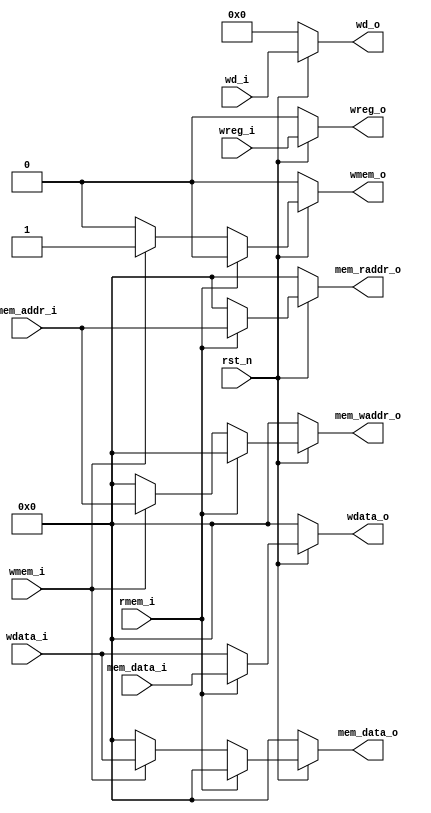
`timescale 1ns / 1ps
//////////////////////////////////////////////////////////////////////////////////
// Company: 
// Engineer: 
// 
// Design Name: 
// Module Name: mem
// Project Name: 
// Target Devices: 
// Tool Versions: 
// Description: 
// 
// Dependencies: 
// 
// Revision:
// Revision 0.01 - File Created
// Additional Comments:
// 
//////////////////////////////////////////////////////////////////////////////////


module mem(
    input                 rst_n,
    
    input [4:0]           wd_i,
    input                 wreg_i,
    input [31:0]          wdata_i,
    input [31:0]          mem_addr_i,
    input                 wmem_i,
    input                 rmem_i,

    input [31:0]          mem_data_i,

    output reg [31:0]     mem_waddr_o,
    output reg [31:0]     mem_raddr_o,
    output reg [31:0]     mem_data_o,
    output reg            wmem_o,
    
    output reg [4:0]      wd_o,
    output reg            wreg_o,
    output reg [31:0]     wdata_o
    );
    
always @ (*) begin
    if(~rst_n) begin
        wd_o <= 0;
        wreg_o <= 0;
        wdata_o <= 0;
        mem_waddr_o <= 0;
        mem_raddr_o <= 0;
        mem_data_o <= 0;
        wmem_o <= 0;
    end
    else begin
        wd_o <= wd_i;
        wreg_o <= wreg_i;
        wdata_o <= wdata_i;
        mem_waddr_o <= 0;
        mem_raddr_o <= 0;
        mem_data_o <= 0;
        wmem_o <= 0;
        if (rmem_i) begin
            mem_raddr_o <= mem_addr_i;
            wdata_o <= mem_data_i;
        end
        else if (wmem_i) begin
            mem_waddr_o <= mem_addr_i;
            mem_data_o <= wdata_i;
            wmem_o <= wmem_i;
        end
    end
end
endmodule